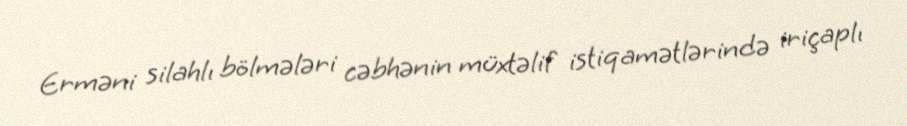
Erməni silahlı bölmələri cəbhənin müxtəlif istiqamətlərində iriçaplı